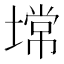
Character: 𰊠